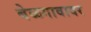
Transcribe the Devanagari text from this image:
बेळगावावर